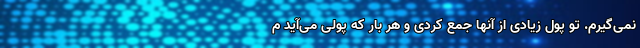
نمی‌گیرم. تو پول زیادی از آنها جمع کردی و هر بار که پولی می‌آید م